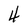
Character: 4